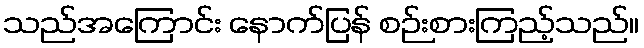
သည်အကြောင်း နောက်ပြန် စဉ်းစားကြည့်သည်။